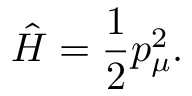
{ \hat { H } } = \frac { 1 } { 2 } p _ { \mu } ^ { 2 } .